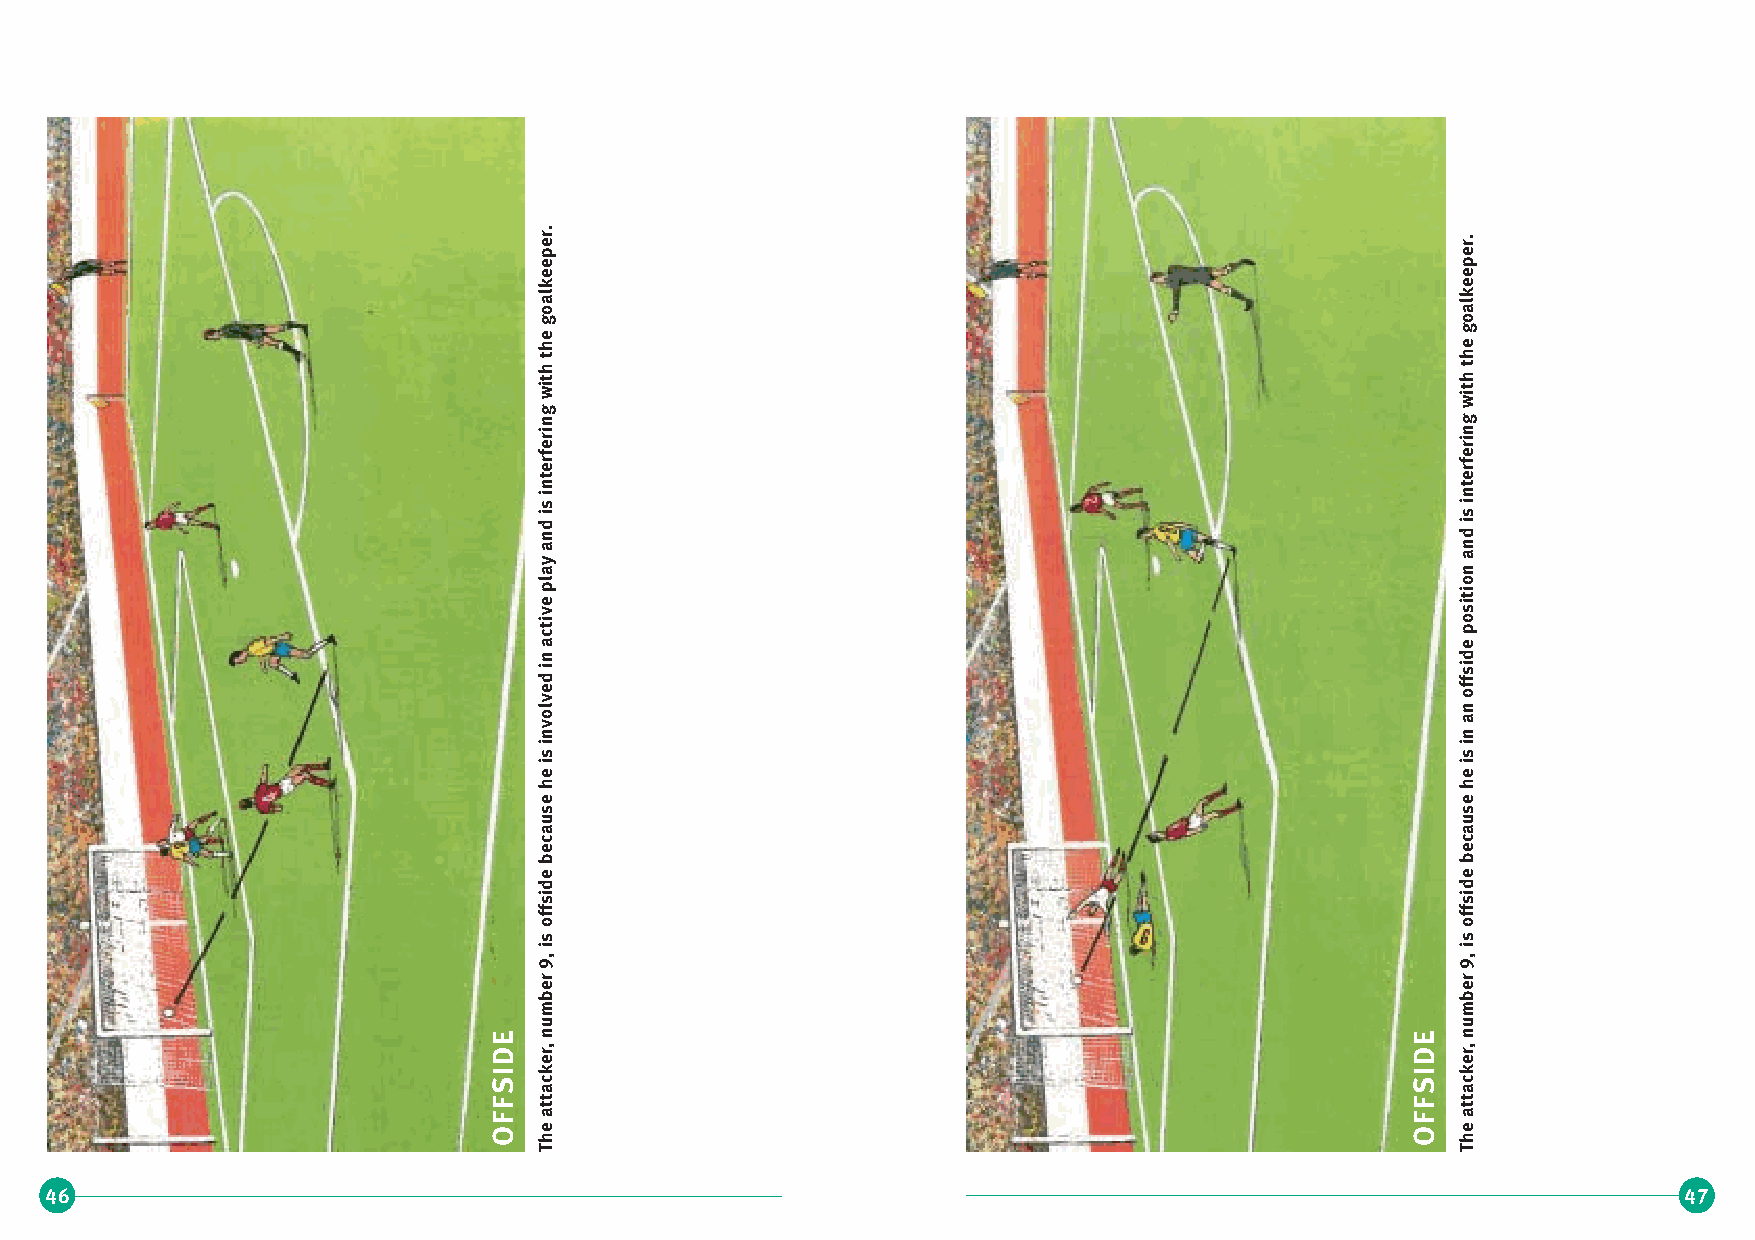
er.
 r.
 p                                                            e
 e                                                            p
 e                                                            e
 k                                                            e
 oal                                                          alk
 g                                                            o
 he
 e
 g
 t                                                            h
 th
 h
 t
 ng
 wi
 g
 wit
 eri                                                          rin
 erf                                                          rfe
 t                                                            e
 n                                                            t
 nd
 is
 i
 d
 is
 in
 a                                                            n
 ay
 n
 a
 ve
 pl                                                           sitio
 cti                                                          po
 a                                                            e
 n                                                            d
 ed
 i                                                            offsi
 nvolv
 n
 an
 s
 i
 s
 i
 e
 i
 e
 i
 h                                                            h
 e                                                            e
 s                                                            s
 u                                                            u
 a                                                            a
 c                                                            c
 e                                                            e
 b                                                            b
 e                                                            e
 d                                                            d
 si                                                           si
 off                                                          off
 s                                                            s
 9,
 i
 9,
 i
 r                                                            r
 e                                                            e
 b                                                            b
 m                                                            m
 u                                                            u
 E  n                                                         E  n
 D  r,                                                        D  r,
 e                                                            e
 I  k                                                         I  k
 S  ac                                                        S  ac
 F  tt                                                        F  tt
 OF
 he
 a                                                         OF
 he
 a
 T                                                            T
 46                                                                                                          47